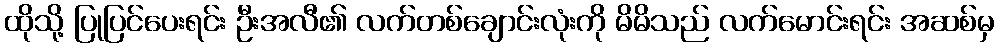
ထိုသို့ ပြုပြင်ပေးရင်း ဦးအလီ၏ လက်တစ်ချောင်းလုံးကို မိမိသည် လက်မောင်းရင်း အဆစ်မှ